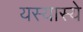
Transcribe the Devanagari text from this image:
यस्यास्ये